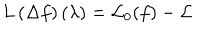
L \left( \Delta f \right) \left( \lambda \right) = { \cal L } _ { 0 } ( f ) - { \cal L }